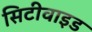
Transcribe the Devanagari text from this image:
सिटीवाइड